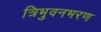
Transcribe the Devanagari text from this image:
त्रिभुवनभरण